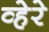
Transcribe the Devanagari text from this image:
व्हेरे